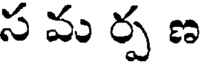
స మ ర్ప ణ